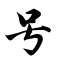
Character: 号